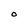
Character: O